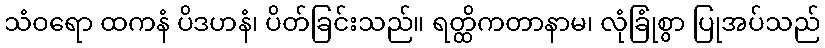
သံဝရော ထကနံ ပိဒဟနံ၊ ပိတ်ခြင်းသည်။ ရတ္ထိကတာနာမ၊ လုံခြုံစွာ ပြုအပ်သည်